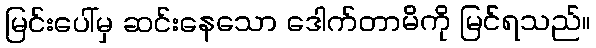
မြင်းပေါ်မှ ဆင်းနေသော ဒေါက်တာမိကို မြင်ရသည်။